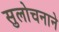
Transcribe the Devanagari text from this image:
सुलोचनाने